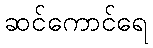
ဆင်ကောင်ရေ